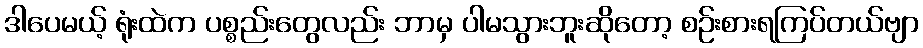
ဒါပေမယ့် ရုံးထဲက ပစ္စည်းတွေလည်း ဘာမှ ပါမသွားဘူးဆိုတော့ စဉ်းစားရကြပ်တယ်ဗျာ